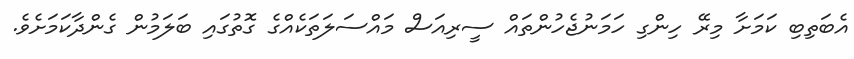
އެބަތިބި ކަމަށާ މިރޭ ހިންގި ހަމަނުޖެހުންތައް ސީރިއަސް މައްސަލަތަކެއްގެ ގޮތުގައި ބަލަމުން ގެންދާކަމަށެވެ.